Annual report on the Civil Veterinary Department, Burma (including the Insein Veterinary School) - 1923-1931
Year: 1923
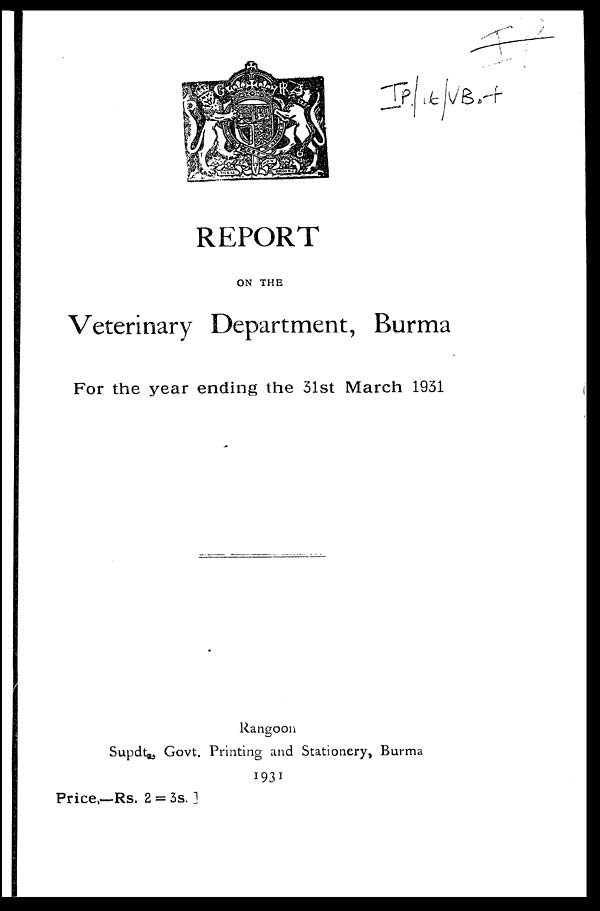
REPORT
ON THE
Veterinary Department, Burma
For the year ending the 31st March 1931
Rangoon
Supdt, Govt. Printing and Stationery, Burma
1931
Price.—Rs. 2 = 3s.]